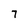
Character: 7